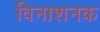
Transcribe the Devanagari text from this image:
विनाशनक